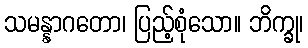
သမန္နာဂတော၊ ပြည့်စုံသော။ ဘိက္ခု၊